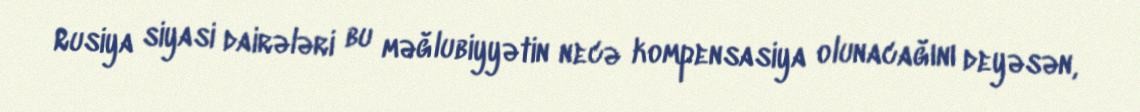
Rusiya siyasi dairələri bu məğlubiyyətin necə kompensasiya olunacağını deyəsən,